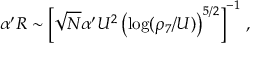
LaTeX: \alpha ^ { \prime } { \cal { R } } \sim \left[ \sqrt { N } \alpha ^ { \prime } U ^ { 2 } \left( \log ( \rho _ { 7 } / U ) \right) ^ { 5 / 2 } \right] ^ { - 1 } \, ,